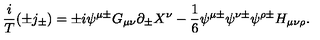
\frac { i } { T } ( \pm j _ { \pm } ) = \pm i \psi ^ { \mu \pm } G _ { \mu \nu } \partial _ { \pm } X ^ { \nu } - \frac { 1 } { 6 } \psi ^ { \mu \pm } \psi ^ { \nu \pm } \psi ^ { \rho \pm } H _ { \mu \nu \rho } .